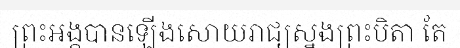
ព្រះអង្គបានឡើងសោយរាជ្យស្នងព្រះបិតា តែ